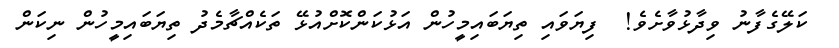
ކަލޭގެފާނު ވިދާޅުވާށެވެ!  ފިޔަވައި ތިޔަބައިމީހުން އަޅުކަންކޮށްއުޅޭ ތަކެއްޗާމެދު ތިޔަބައިމީހުން ނިކަން